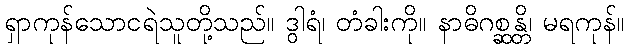
ရှာကုန်သောငရဲသူတို့သည်။ ဒွါရံ၊ တံခါးကို။ နာဓိဂစ္ဆန္တိ၊ မရကုန်။